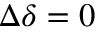
\Delta \delta = 0